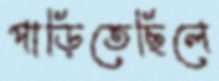
পাড়িতেছিলে